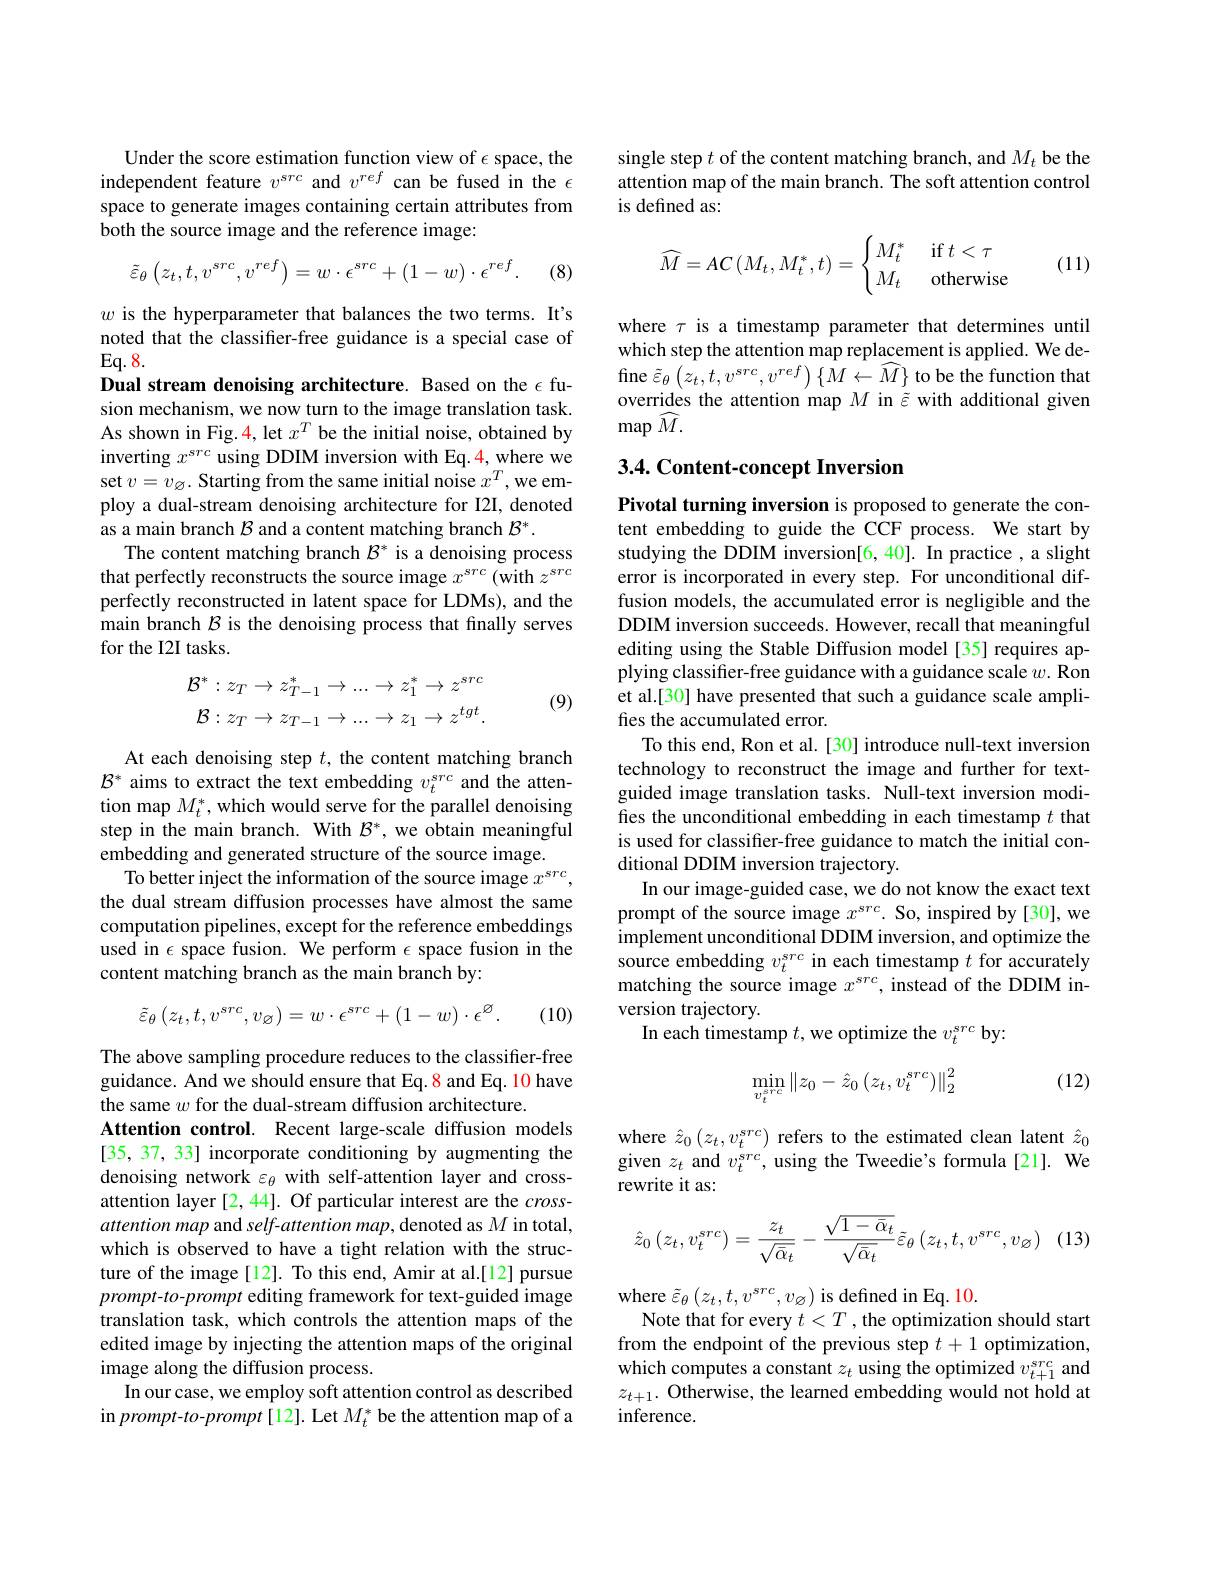
Under the score estimation function view of $\epsilon$ space, the independent feature $v^{src}$ and $v^{ref}$ can be fused in the $\epsilon$ space to generate images containing certain attributes from both the source image and the reference image:
$$\tilde{\varepsilon}_\theta\left(z_t,t,v^{src},v^{ref}\right)=w\cdot\epsilon^{src}+(1-w)\cdot\epsilon^{ref}.$$
(8)

$w$ is the hyperparameter that balances the two terms. It's noted that the classifier-free guidance is a special case of $Eq.8.$
Dual stream denoising architecture. Based on the $\epsilon$ fusion mechanism, we now turn to the image translation task. As shown in Fig. 4, let $x^T$ be the initial noise, obtained by inverting $x^src$ using DDIM inversion with Eq.4, where we set $v=v_{\varnothing}.$ Starting from the same initial noise $x^T$,we employ a dual-stream denoising architecture for I2I, denoted as a main branch $\mathcal{B}$ and a content matching branch $\mathcal{B}^*.$
The content matching branch $\mathcal{B}^*$ is a denoising process that perfectly reconstructs the source image $x^{src}$ (with $z^src$ perfectly reconstructed in latent space for LDMs), and the main branch $\mathcal{B}$ is the denoising process that finally serves for the I2I tasks.
$$\mathcal{B}^{*}:z_{T}\to z_{T-1}^{*}\to...\to z_{1}^{*}\to z^{src}\\\mathcal{B}:z_{T}\to z_{T-1}\to...\to z_{1}\to z^{tgt}.$$
(9)

At each denoising step $t$, the content matching branch $\mathcal{B}^*$ aims to extract the text embedding $v_t^{src}$ and the attention map $M_t^*$, which would serve for the parallel denoising step in the main branch. With $\mathcal{B}^*$, we obtain meaningful embedding and generated structure of the source image.
To better inject the information of the source image $x^src$, the dual stream diffusion processes have almost the same computation pipelines, except for the reference embeddings used in $\epsilon$ space fusion. We perform $\epsilon$ space fusion in the content matching branch as the main branch by:
$$\tilde{\varepsilon}_{\theta}\left(z_{t},t,v^{src},v_{\varnothing}\right)=w\cdot\epsilon^{src}+(1-w)\cdot\epsilon^{\varnothing}.$$
(10)

The above sampling procedure reduces to the classifier-free guidance. And we should ensure that Eq.8 and Eq. 10 have the same $w$ for the dual-stream diffusion architecture.
Attention control. Recent large-scale diffusion models [35, 37, 33] incorporate conditioning by augmenting the denoising network $\varepsilon_\theta$ with self-attention layer and crossattention layer [2,44]. Of particular interest are the $cross-$ attention map and self-attention map, denoted as $M$ in total, which is observed to have a tight relation with the structure of the image[12]. To this end, Amir at al.[12] pursue prompt-to-prompt editing framework for text-guided image translation task, which controls the attention maps of the edited image by injecting the attention maps of the original image along the diffusion process.
In our case, we employ soft attention control as described $\operatorname{in}prompt-to-prompt$[12]. Let $M_t^*$ be the attention map of a

single step $t$ of the content matching branch, and $M_t$ be the attention map of the main branch. The soft attention control is defined as:
$$\widehat M=AC\left(M_t,M_t^*,t\right)=\begin{cases}M_t^*&\text{if}\:t<\tau\\M_t&\text{otherwise}\end{cases}$$
(11)

where $\tau$ is a timestamp parameter that determines until which step the attention map replacement is applied. We define $\tilde{\varepsilon}_{\theta}\left(z_{t},t,v^{src},v^{ref}\right)\{\hat{M}\leftarrow\widehat{M}\}$ to be the function that overrides the attention map $M$ in $\tilde{\varepsilon}$ with additional given $\operatorname*{map}\widehat M.$

## 3.4. Content-concept Inversion

Pivotal turning inversion is proposed to generate the content embedding to guide the CCF process. We start by studying the DDIM inversion[6,40]. In practice , a slight error is incorporated in every step. For unconditional diffusion models, the accumulated error is negligible and the DDIM inversion succeeds. However, recall that meaningful editing using the Stable Diffusion model [35] requires applying classifier-free guidance with a guidance scale $w.$ Ron et al.[30] have presented that such a guidance scale amplifies the accumulated error.
To this end, Ron et al. [30] introduce null-text inversion technology to reconstruct the image and further for textguided image translation tasks. Null-text inversion modifies the unconditional embedding in each timestamp $t$ that is used for classifier-free guidance to match the initial conditional DDIM inversion trajectory.
In our image-guided case, we do not know the exact text prompt of the source image $x^{src}$. So, inspired by[30], we implement unconditional DDIM inversion, and optimize the source embedding $v_t^{src}$ in each timestamp $t$ for accurately matching the source image $x^{src}$, instead of the DDIM inversion trajectory.
In each timestamp $t$,we optimize the $v_t^{src}$ by:
$$\min_{v_t^{src}}\left\|z_0-\hat{z}_0\left(z_t,v_t^{src}\right)\right\|_2^2$$
(12)

where $\hat{z}_0\left(z_t,v_t^{src}\right)$ refers to the estimated clean latent $\hat{z}_0$ given $z_t$ and $v_t^{src}$, using the Tweedie's formula[21]. We rewrite it as:
$$\hat{z}_0\left(z_t,v_t^{src}\right)=\frac{z_t}{\sqrt{\bar{\alpha}_t}}-\frac{\sqrt{1-\bar{\alpha}_t}}{\sqrt{\bar{\alpha}_t}}\tilde{\varepsilon}_\theta\left(z_t,t,v^{src},v_\varnothing\right)$$
where $\tilde{\varepsilon}_\theta\left(z_t,t,v^{src},v_{\varnothing}\right)$is defined in Eq. 10.
Note that for every $t<T$ , the optimization should start from the endpoint of the previous step $t+1$ optimization, which computes a constant $z_t$ using the optimized $v_t+1^{src}$ and $z_{t+1}.$ Otherwise, the learned embedding would not hold at inference.